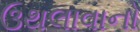
ઉથલાવાનો